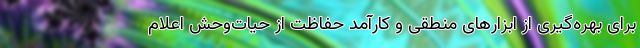
برای بهره‌گیری از ابزارهای منطقی و کارآمد حفاظت از حیات‌وحش اعلام